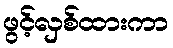
ဖွင့်လှစ်ထားကာ